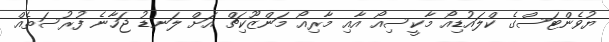
ޔުވެންޓަސްގެ ކްލައުޑިއޯ މާކީސިއޯ އާއި މާރިއޯ މަންޒޫކިޗް އަށް ލަނޑު ޖަހާނެ ފުރުސަތެއް